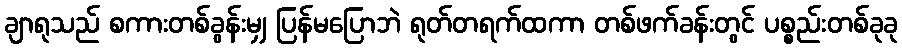
ချာရုသည် စကားတစ်ခွန်းမျှ ပြန်မပြောဘဲ ရုတ်တရက်ထကာ တစ်ဖက်ခန်းတွင် ပစ္စည်းတစ်ခုခု